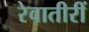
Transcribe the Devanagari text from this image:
रेवातीरीं